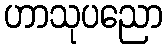
ဟာသုပညော